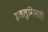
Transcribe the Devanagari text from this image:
इललुमिनती